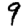
Digit: 9